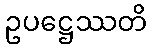
ဥပဋ္ဌေဿတိ